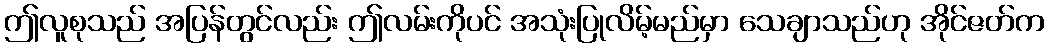
ဤလူစုသည် အပြန်တွင်လည်း ဤလမ်းကိုပင် အသုံးပြုလိမ့်မည်မှာ သေချာသည်ဟု အိုင်ဇတ်က